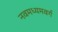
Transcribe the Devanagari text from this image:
नवमध्यमवर्ग